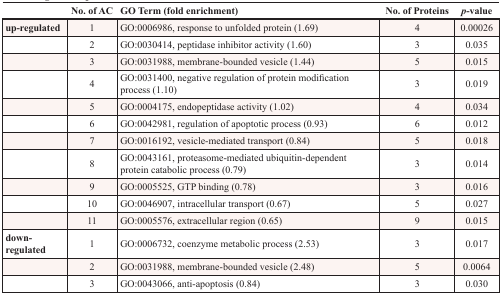
|  | No. of AC | GO Term (fold enrichment) | No. of Proteins | p-value |
 | --- | --- | --- | --- | --- |
 | up-regulated | 1 | GO:0006986, response to unfolded protein (1.69) | 4 | 0.00026 |
 |  | 2 | GO:0030414, peptidase inhibitor activity (1.60) | 3 | 0.035 |
 |  | 3 | GO:0031988, membrane-bounded vesicle (1.44) | 5 | 0.015 |
 |  | 4 | GO:0031400, negative regulation of protein modification process (1.10) | 3 | 0.019 |
 |  | 5 | GO:0004175, endopeptidase activity (1.02) | 4 | 0.034 |
 |  | 6 | GO:0042981, regulation of apoptotic process (0.93) | 6 | 0.012 |
 |  | 7 | GO:0016192, vesicle-mediated transport (0.84) | 5 | 0.018 |
 |  | 8 | GO:0043161, proteasome-mediated ubiquitin-dependent protein catabolic process (0.79) | 3 | 0.014 |
 |  | 9 | GO:0005525, GTP binding (0.78) | 3 | 0.016 |
 |  | 10 | GO:0046907, intracellular transport (0.67) | 5 | 0.027 |
 |  | 11 | GO:0005576, extracellular region (0.65) | 9 | 0.015 |
 | down-regulated | 1 | GO:0006732, coenzyme metabolic process (2.53) | 3 | 0.017 |
 |  | 2 | GO:0031988, membrane-bounded vesicle (2.48) | 5 | 0.0064 |
 |  | 3 | GO:0043066, anti-apoptosis (0.84) | 3 | 0.030 |